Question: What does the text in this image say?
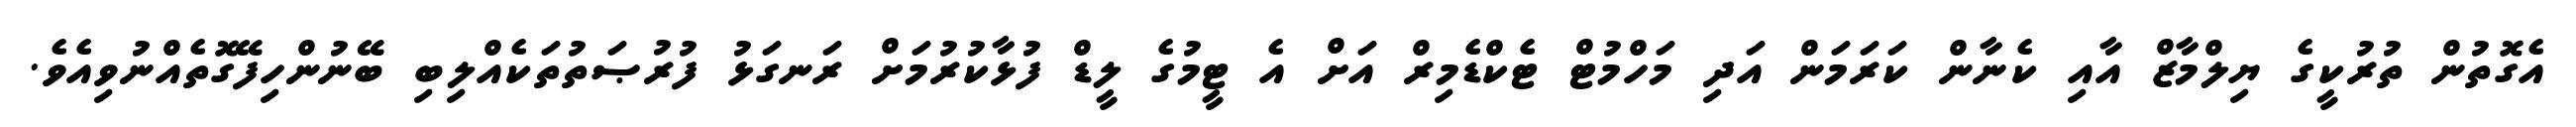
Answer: އެގޮތުން ތުރުކީގެ ޔިލްމާޒް އާއި ކެނާން ކަރަމަން އަދި މަހްމުޓް ޓެކްޑެމިރް އަށް އެ ޓީމުގެ ލީޑް ފުޅާކުރުމަށް ރަނގަޅު ފުރުޞަތުތަކެއްލިބި ބޭނުންހިފޭގޮތެއްނުވިއެވެ.